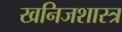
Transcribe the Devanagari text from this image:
खनिजशास्त्र